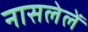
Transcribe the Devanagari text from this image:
नासलेलें